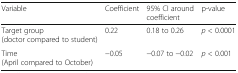
<table><thead><tr><td><b>Variable</b></td><td><b>Coefficient</b></td><td><b>95% CI around coefficient</b></td><td><b>p-value</b></td></tr></thead><tbody><tr><td>Target group (doctor compared to student)</td><td>0.22</td><td>0.18 to 0.26</td><td><i>p</i> &lt; 0.0001</td></tr><tr><td>Time (April compared to October)</td><td>−0.05</td><td>−0.07 to −0.02</td><td><i>p</i> &lt; 0.001</td></tr></tbody></table>